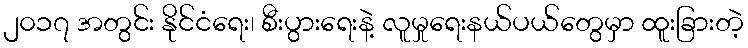
၂၀၁၇ အတွင်း နိုင်ငံရေး၊ စီးပွားရေးနဲ့ လူမှုရေးနယ်ပယ်တွေမှာ ထူးခြားတဲ့